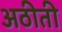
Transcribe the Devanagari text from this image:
अठीती